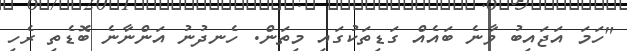
"ހަމަ އަޖައިބު ވާނެ ބައެއް ގަޑިތަކުގައި މިތަން. ހެނދުނު އަންނާނެ ބޮޑެތި ރެހި